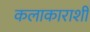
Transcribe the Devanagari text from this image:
कलाकाराशी